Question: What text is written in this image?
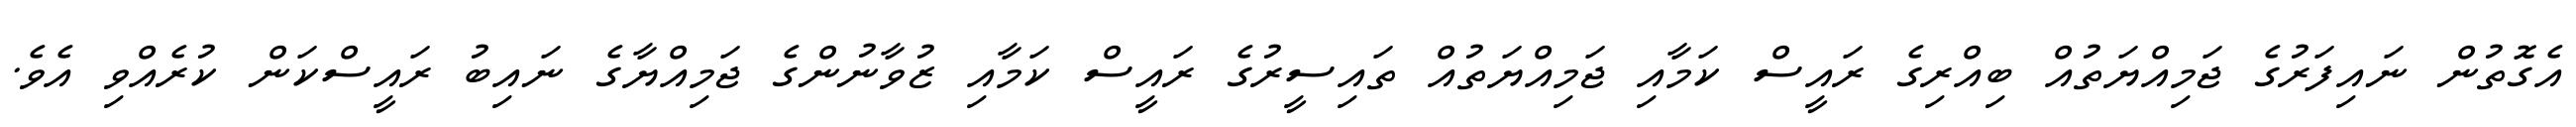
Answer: އެގޮތުން ނައިފަރުގެ ޖަމިއްޔަތުއް ބިއްރިގެ ރައީސް ކަމާއި ޖަމިއްޔަތުއް ތައިސީރުގެ ރައީސް ކަމާއި ޒުވާނުންގެ ޖަމިއްޔާގެ ނައިބު ރައީސްކަން ކުރެއްވި އެވެ.